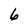
Character: 6